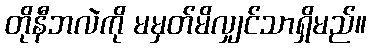
တိုနီဘလဲကို မမှတ်မိလျှင်သာရှိမည်။